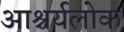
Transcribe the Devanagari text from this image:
आश्चर्यलोक